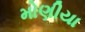
મોણીયા